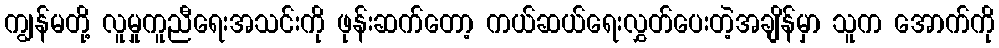
ကျွန်မတို့ လူမှုကူညီရေးအသင်းကို ဖုန်းဆက်တော့ ကယ်ဆယ်ရေးလွှတ်ပေးတဲ့အချိန်မှာ သူက အောက်ကို